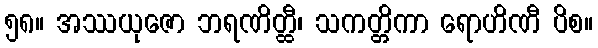
၅၈။ အဿယုဇော ဘရဏိတ္ထီ၊ သကတ္တိကာ ရောဟိဏီ ပိစ။